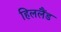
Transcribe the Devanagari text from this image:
हिललैंड